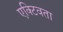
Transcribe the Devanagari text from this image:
एक्टिवता